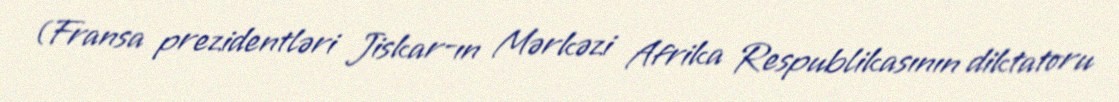
(Fransa prezidentləri Jiskar-ın Mərkəzi Afrika Respublikasının diktatoru